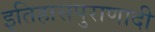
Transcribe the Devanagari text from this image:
इतिहासपुराणादी